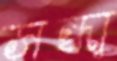
সন্ধা